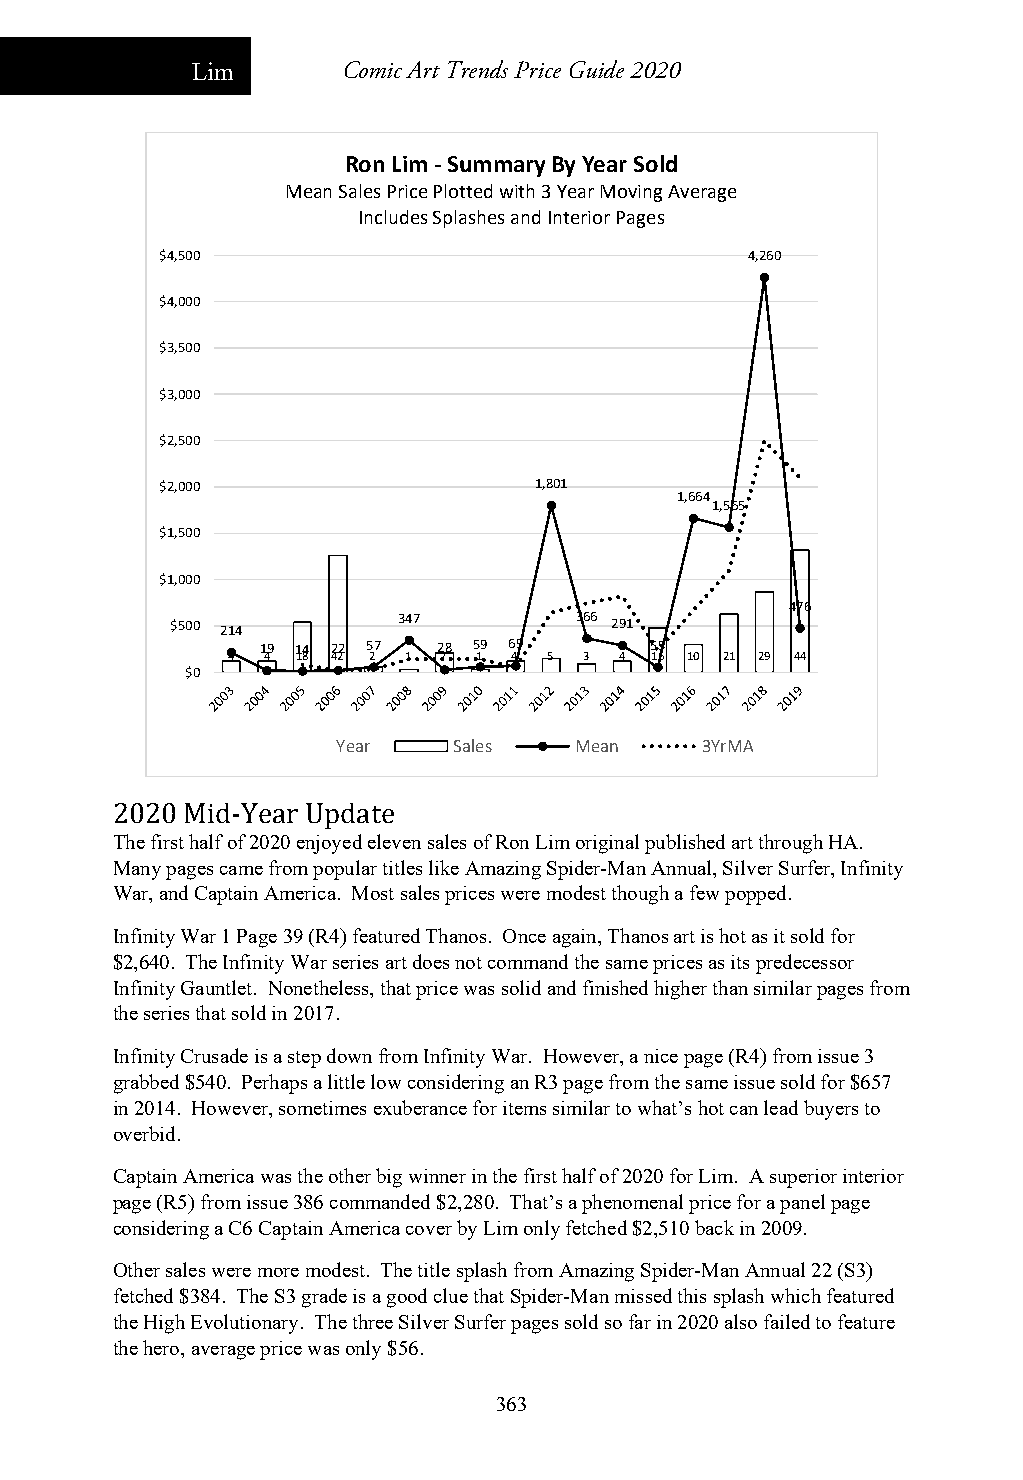
Lim       Comic Art Trends Price Guide 2020
 Ron Lim ‐Summary By Year Sold
 Mean Sales Price Plotted with 3 Year Moving Average
 Includes Splashes and Interior Pages
 $4,500                                 4,260
 $4,000
 $3,500
 $3,000
 $2,500
 $2,000                  1,801
 1,664
 1,565
 $1,500
 $1,000
 476
 $500 214       347         366 291
 19 14 22 57 28 59 69      55
 4 4  18 42 2 1 7 1 4 5  3 4 16 10 21 29 44
 $0
 Year    Sales   Mean    3YrMA
 2020 Mid-Year Update
 The first half of 2020 enjoyed eleven sales of Ron Lim original published art through HA.
 Many pages came from popular titles like Amazing Spider-Man Annual, Silver Surfer, Infinity
 War, and Captain America. Most sales prices were modest though a few popped.
 Infinity War 1 Page 39 (R4) featured Thanos. Once again, Thanos art is hot as it sold for
 $2,640. The Infinity War series art does not command the same prices as its predecessor
 Infinity Gauntlet. Nonetheless, that price was solid and finished higher than similar pages from
 the series that sold in 2017.
 Infinity Crusade is a step down from Infinity War. However, a nice page (R4) from issue 3
 grabbed $540. Perhaps a little low considering an R3 page from the same issue sold for $657
 in 2014. However, sometimes exuberance for items similar to what’s hot can lead buyers to
 overbid.
 Captain America was the other big winner in the first half of 2020 for Lim. A superior interior
 page (R5) from issue 386 commanded $2,280. That’s a phenomenal price for a panel page
 considering a C6 Captain America cover by Lim only fetched $2,510 back in 2009.
 Other sales were more modest. The title splash from Amazing Spider-Man Annual 22 (S3)
 fetched $384. The S3 grade is a good clue that Spider-Man missed this splash which featured
 the High Evolutionary. The three Silver Surfer pages sold so far in 2020 also failed to feature
 the hero, average price was only $56.
 363